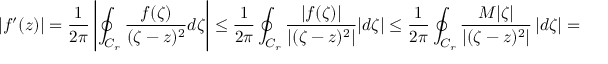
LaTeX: | f ^ { \prime } ( z ) | = { \frac { 1 } { 2 \pi } } \left| \oint _ { C _ { r } } { \frac { f ( \zeta ) } { ( \zeta - z ) ^ { 2 } } } d \zeta \right| \leq { \frac { 1 } { 2 \pi } } \oint _ { C _ { r } } { \frac { | f ( \zeta ) | } { \left| ( \zeta - z ) ^ { 2 } \right| } } | d \zeta | \leq { \frac { 1 } { 2 \pi } } \oint _ { C _ { r } } { \frac { M | \zeta | } { \left| ( \zeta - z ) ^ { 2 } \right| } } \left| d \zeta \right| = { \frac { M I } { 2 \pi } }